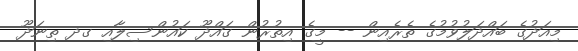
މިއަދުގެ ބައްދަލުވުމުގެ ތެރެއިން -- މީގެ އިތުރުން ގައްދޫ ކައުންސިލާއި ގދ ތިނަދޫ